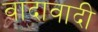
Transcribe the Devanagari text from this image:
वादावादी